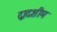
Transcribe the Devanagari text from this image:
द्वादशीम